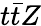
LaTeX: t\bar{t}Z